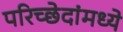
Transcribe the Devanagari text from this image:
परिच्छेदांमध्ये